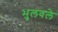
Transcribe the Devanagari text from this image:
भुलवले